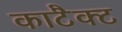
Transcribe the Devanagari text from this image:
काटैक्ट